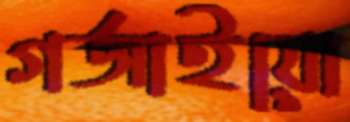
গর্জাইয়ো